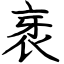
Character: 衺